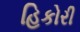
હિકોરી